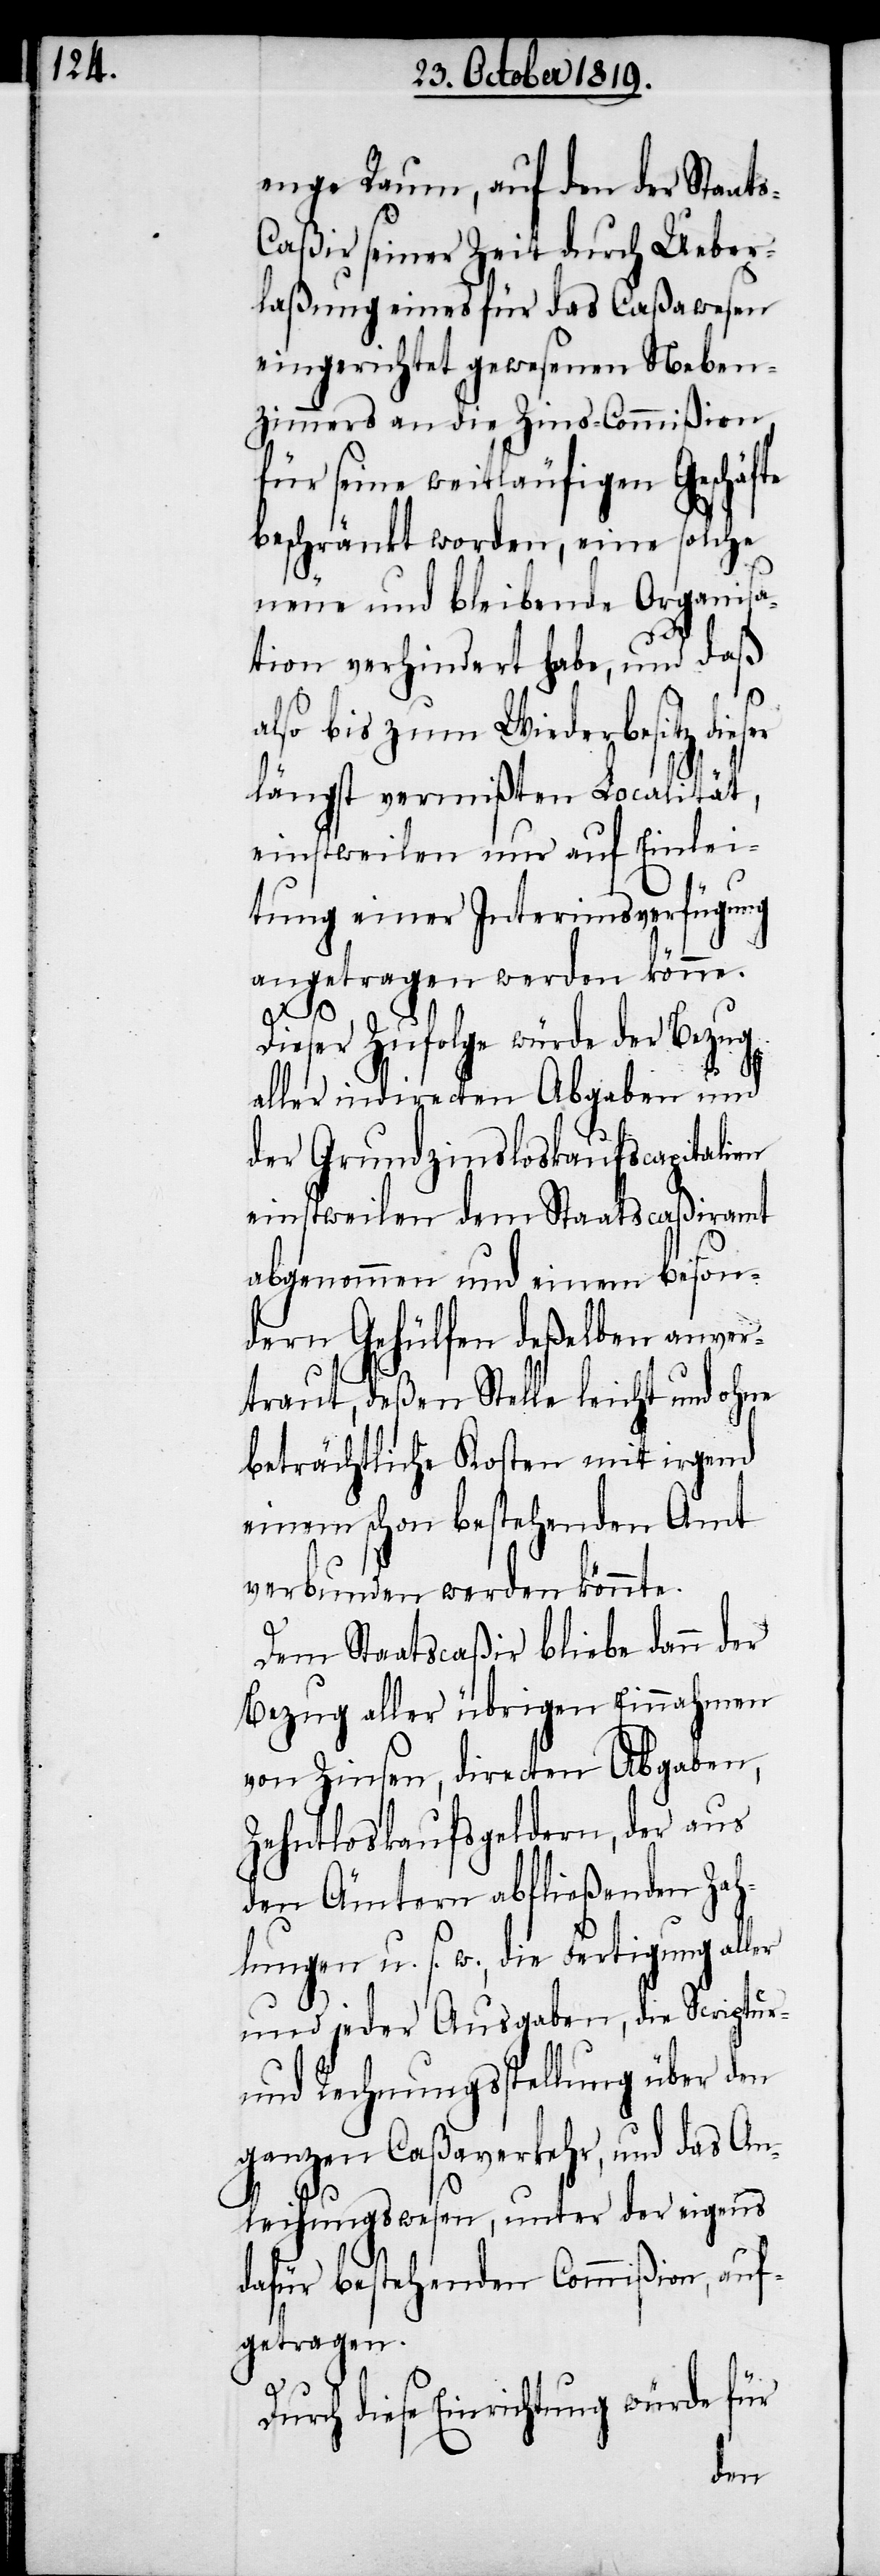
enge Raum, auf den der Staat¬
s-Caßir seiner Zeit durch Ueber¬
laßung eines für das Caßawesen
eingerichtet gewesenen Neben¬
zimmers an die Zins-Commißion,
für seine weitläufigen Geschäfte
beschränkt worden, eine solche
neue und bleibende Organisa¬
tion verhindert habe, und daß
also bis zum Wiederbesitz dieser
längst vermißten Localität,
einstweilen nur auf Einlei¬
tung einer Interimsverfügung
angetragen werden könne.
Dieser Zufolge würde der Bezug
aller indirecten Abgaben und
der Grundzinsloskaufscapitalien
einstweilen dem Staatcaßiramt
abgenommen und einem beson¬
dern Gehülfen deßelben anver¬
traut, deßen Stelle leicht und ohne
beträchtliche Kosten mit irgend
einem schon bestehenden Amt
verbunden werden könnte.
Dem Staatscaßir bliebe dann der
Bezug aller übrigen Einnahmen
von Zinsen, directen Abgaben,
Zehntloskaufsgeldern, der aus
den Ämtern abfließenden Zah¬
lungen u. s. w., die Fertigung aller
und jeder Ausgaben, die Scriptur-
und Rechnungsstellung über den
ganzen Caßaverkehr, und das An¬
leihungswesen, unter der eigens
dafür bestehenden Commißion, auf¬
getragen.
Durch diese Einrichtung würde für